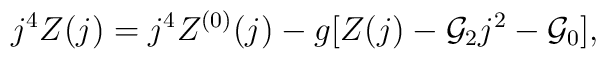
j^4Z(j)=j^4Z^{(0)}(j)-g[Z(j)-{\cal G}_2j^2-{\cal G}_0],